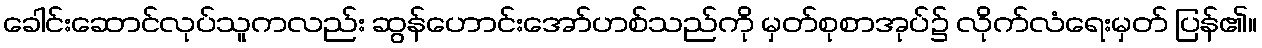
ခေါင်းဆောင်လုပ်သူကလည်း ဆွန်ဟောင်းအော်ဟစ်သည်ကို မှတ်စုစာအုပ်၌ လိုက်လံရေးမှတ် ပြန်၏။